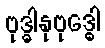
ဗုဒ္ဓါနုဗုဒ္ဓေါ